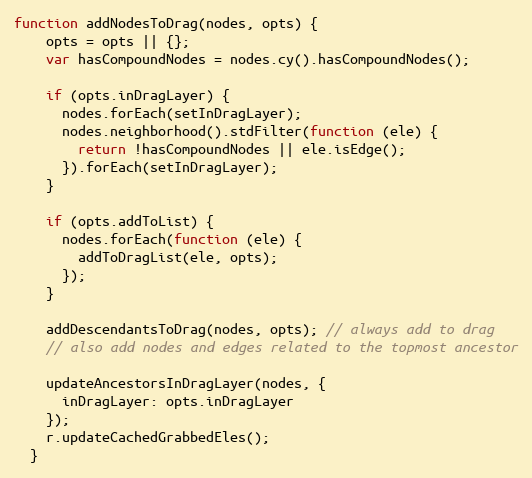
Language: JavaScript
function addNodesToDrag(nodes, opts) {
    opts = opts || {};
    var hasCompoundNodes = nodes.cy().hasCompoundNodes();

    if (opts.inDragLayer) {
      nodes.forEach(setInDragLayer);
      nodes.neighborhood().stdFilter(function (ele) {
        return !hasCompoundNodes || ele.isEdge();
      }).forEach(setInDragLayer);
    }

    if (opts.addToList) {
      nodes.forEach(function (ele) {
        addToDragList(ele, opts);
      });
    }

    addDescendantsToDrag(nodes, opts); // always add to drag
    // also add nodes and edges related to the topmost ancestor

    updateAncestorsInDragLayer(nodes, {
      inDragLayer: opts.inDragLayer
    });
    r.updateCachedGrabbedEles();
  }